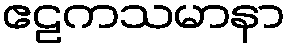
ဧဠကသမာနာ